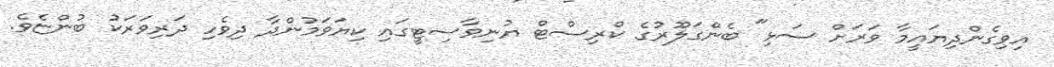
އިވިގެންދިޔައީމާ ވަރަށް ސަޅި" ބެންގަލޫރުގެ ކްރިސްޓް ޔުނިވާސިޓީގައި ކިޔަވަމުންދާ ދިވެހި ދަރިވަރަކު ބުންޏެވެ.